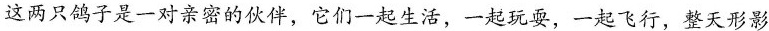
这两只鸽子是一对亲密的伙伴，它们一起生活，一起玩耍，一起飞行，整天形影